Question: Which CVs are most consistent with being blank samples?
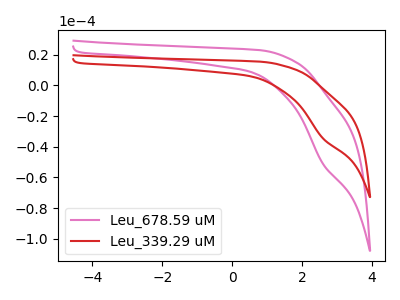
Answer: <think>The pink curve "Leu_678.59 uM" has a cathodic peak at: (2.60V, -51.15uA). The red curve "Leu_339.29 uM" has a cathodic peak at: (2.60V, -34.55uA).</think>
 <answer>There are not any CV's on this graph that are likely to be blanks.</answer>
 <eval>none</eval>